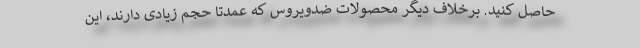
حاصل کنید. برخلاف دیگر محصولات ضدویروس که عمدتا حجم زیادی دارند، این